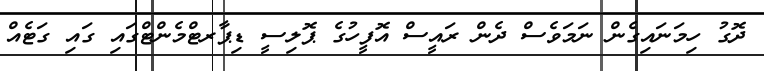
ދޮގު ހިމަނައިގެން ނަމަވެސް ދެން ރައީސް އޮފީހުގެ ޕޮލިސީ ޑިޕާރޓްމެންޓްގައި ގައި ގަޓެއް